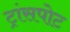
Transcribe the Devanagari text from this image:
ट्रांसपोट